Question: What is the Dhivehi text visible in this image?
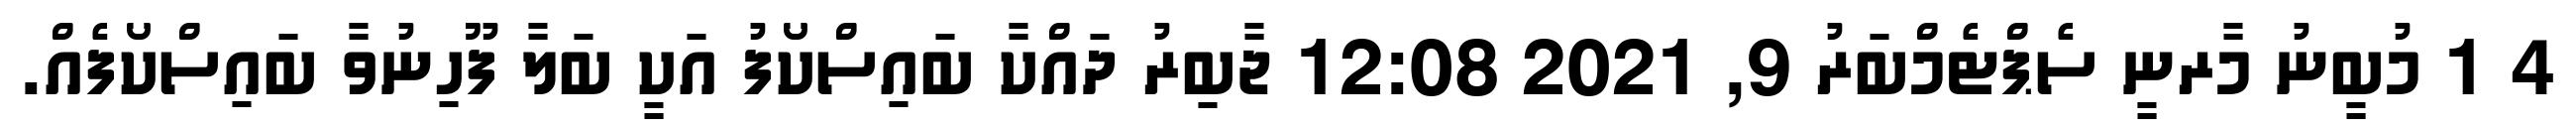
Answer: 4 1 މުބީނު މާރނީ ސެޕްޓެމްބަރު 9, 2021 12:08 ޖާބިރު ދައްކާ ބައިސްކޯފު އަކީ ބަލާ ފޫހިނުވާ ބައިސްކޯފެއް.